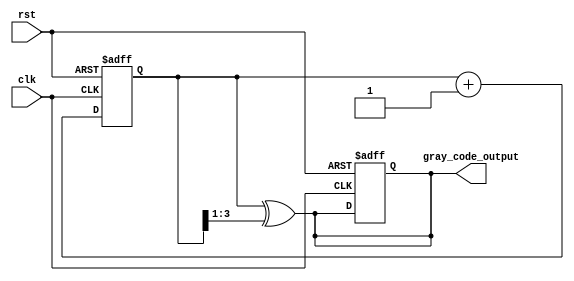
module gray_counter_clock_divider (
    input wire clk,
    input wire rst,
    output reg [n-1:0] gray_code_output
);

parameter n = 4; // Specify the number of bits in the counter
parameter divisor = 8; // Specify the frequency division factor

reg [n-1:0] counter = 0;

always @(posedge clk or posedge rst) begin
    if (rst) begin
        counter <= 0;
    end else begin
        counter <= counter + 1;
    end
end

// Gray code generation logic
always @* begin
    gray_code_output = counter ^ (counter >> 1);
end

// Clock divider block
reg [n-1:0] cnt = 0;

always @(posedge clk or posedge rst) begin
    if (rst) begin
        cnt <= 0;
    end else begin
        if (cnt == divisor - 1) begin
            cnt <= 0;
        end else begin
            cnt <= cnt + 1;
        end
    end
end

// Synchronize the Gray code output with the divided clock
always @(posedge clk or posedge rst) begin
    if (rst) begin
        gray_code_output <= 0;
    end else begin
        if (cnt == divisor - 1) begin
            gray_code_output <= gray_code_output;
        end else begin
            gray_code_output <= gray_code_output;
        end
    end
end

endmodule